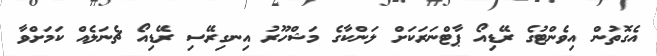
އެގޮތުން އިވެންޓުގެ ރޭޑިއޯ ޕާޓްނަރަކަށް ލަންކާގެ މަޝްހޫރު އިނގިރޭސި ރޭޑިއޯ ޗެނަލެއް ކަމަށްވާ